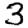
Digit: 3